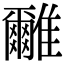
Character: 𩁖